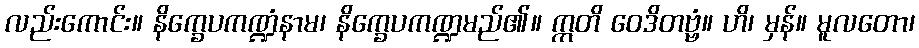
လည်းကောင်း။ နိက္ခေပကဏ္ဍံနာမ၊ နိက္ခေပကဏ္ဍမည်၏။ ဣတိ ဝေဒိတဗ္ဗံ။ ဟိ၊ မှန်။ မူလတော၊